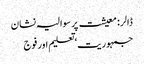
ڈالر : معیشت پر سوالیہ نشان
جمہوریت‘ تعلیم اور فوج